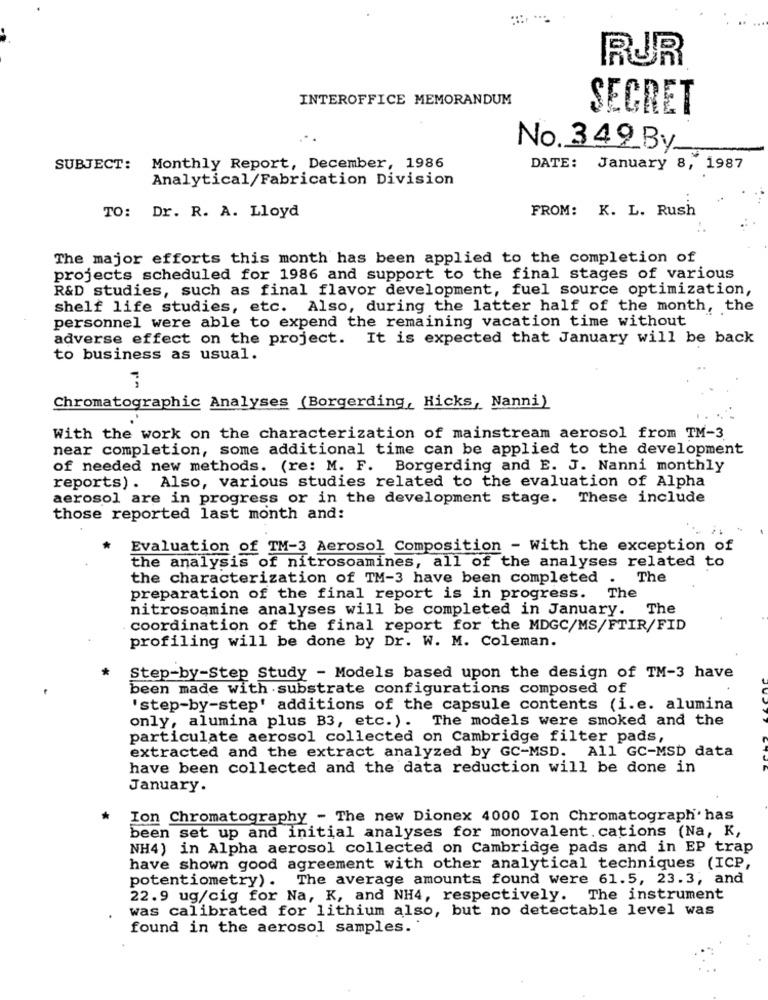
RUR
INTEROFFICE MEMORANDUM
SECRET
No.349_By
SUBJECT:
Monthly Report, December, 1986
DATE: January 8, 1987
Analytical/Fabrication Division
TO: Dr. R. A. Lloyd
FROM: K. L. Rush
The major efforts this month has been applied to the completion of
projects scheduled for 1986 and support to the final stages of various
R&D studies, such as final flavor development, fuel source optimization,
shelf life studies, etc. Also, during the latter half of the month, the
personnel were able to expend the remaining vacation time without
adverse effect on the project. It is expected that January will be back
to business as usual.
Chromatographic Analyses (Borgerding, Hicks, Nanni)
.. .
With the work on the characterization of mainstream aerosol from TM-3
near completion, some additional time can be applied to the development
of needed new methods. (re: M. F. Borgerding and E. J. Nanni monthly
reports) . Also, various studies related to the evaluation of Alpha
aerosol are in progress or in the development stage. These include
those reported last month and:
*
Evaluation of TM-3 Aerosol Composition - With the exception of
the analysis of nitrosoamines, all of the analyses related to
the characterization of TM-3 have been completed
.
The
preparation of the final report is in progress. The
nitrosoamine analyses will be completed in January. The
coordination of the final report for the MDGC/MS/FTIR/FID
profiling will be done by Dr. W. M. Coleman.
*
Step-by-Step Study - Models based upon the design of TM-3 have
been made with substrate configurations composed of
'step-by-step' additions of the capsule contents (i.e. alumina
only, alumina plus B3, etc. ). The models were smoked and the
particulate aerosol collected on Cambridge filter pads,
extracted and the extract analyzed by GC-MSD. All GC-MSD data
have been collected and the data reduction will be done in
January.
*
Ion Chromatography - The new Dionex 4000 Ion Chromatograph' has
been set up and initial analyses for monovalent. cations (Na, K,
NH4) in Alpha aerosol collected on Cambridge pads and in EP trap
have shown good agreement with other analytical techniques (ICP,
potentiometry) .
The average amounts found were 61.5, 23.3, and
22.9 ug/cig for Na, K, and NH4, respectively. The instrument
was calibrated for lithium also, but no detectable level was
found in the aerosol samples.